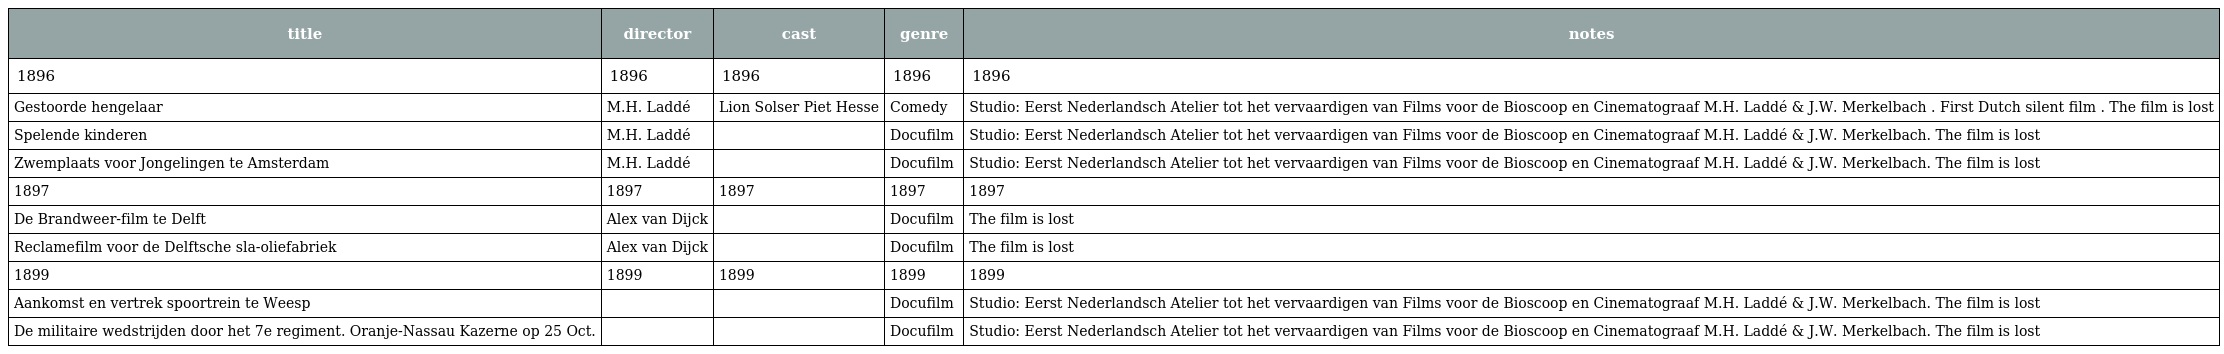
| title | director | cast | genre | notes |
 | --- | --- | --- | --- | --- |
 | 1896 | 1896 | 1896 | 1896 | 1896 |
 | Gestoorde hengelaar | M.H. Laddé | Lion Solser Piet Hesse | Comedy | Studio: Eerst Nederlandsch Atelier tot het vervaardigen van Films voor de Bioscoop en Cinematograaf M.H. Laddé & J.W. Merkelbach . First Dutch silent film . The film is lost |
 | Spelende kinderen | M.H. Laddé |  | Docufilm | Studio: Eerst Nederlandsch Atelier tot het vervaardigen van Films voor de Bioscoop en Cinematograaf M.H. Laddé & J.W. Merkelbach. The film is lost |
 | Zwemplaats voor Jongelingen te Amsterdam | M.H. Laddé |  | Docufilm | Studio: Eerst Nederlandsch Atelier tot het vervaardigen van Films voor de Bioscoop en Cinematograaf M.H. Laddé & J.W. Merkelbach. The film is lost |
 | 1897 | 1897 | 1897 | 1897 | 1897 |
 | De Brandweer-film te Delft | Alex van Dijck |  | Docufilm | The film is lost |
 | Reclamefilm voor de Delftsche sla-oliefabriek | Alex van Dijck |  | Docufilm | The film is lost |
 | 1899 | 1899 | 1899 | 1899 | 1899 |
 | Aankomst en vertrek spoortrein te Weesp |  |  | Docufilm | Studio: Eerst Nederlandsch Atelier tot het vervaardigen van Films voor de Bioscoop en Cinematograaf M.H. Laddé & J.W. Merkelbach. The film is lost |
 | De militaire wedstrijden door het 7e regiment. Oranje-Nassau Kazerne op 25 Oct. |  |  | Docufilm | Studio: Eerst Nederlandsch Atelier tot het vervaardigen van Films voor de Bioscoop en Cinematograaf M.H. Laddé & J.W. Merkelbach. The film is lost |